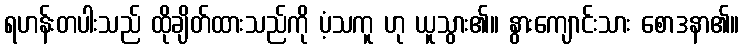
ရဟန်းတပါးသည် ထိုချိတ်ထားသည်ကို ပံ့သကူ ဟု ယူသွား၏။ နွားကျောင်းသား စောဒနာ၏။